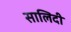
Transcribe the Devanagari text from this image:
सालिदी